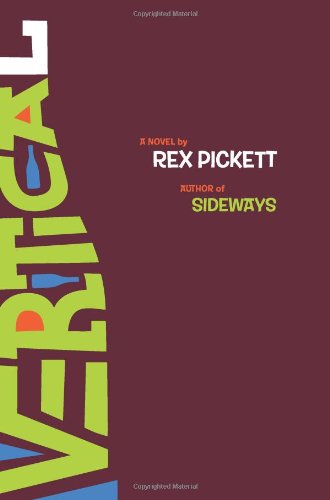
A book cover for Vertical; Rex Pickett; Humor & Entertainment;